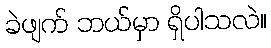
ခဲဖျက် ဘယ်မှာ ရှိပါသလဲ။